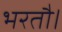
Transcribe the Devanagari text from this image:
भरतौ।